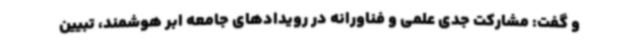
و گفت: مشارکت جدی علمی و فناورانه در رویدادهای جامعه ابر هوشمند، تبیین